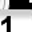
Digit: 1